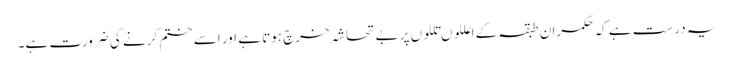
یہ درست ہے کہ حکمران طبقہ کے اعللوں تللوں پر بے تحاشہ خرچ ہوتا ہے اور اسے ختم کرنے کی ضرورت ہے۔